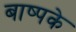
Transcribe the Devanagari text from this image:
बाष्पके